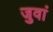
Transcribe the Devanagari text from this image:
जुवां